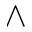
\wedge